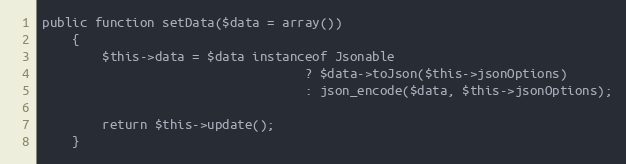
Language: PHP
public function setData($data = array())
	{
		$this->data = $data instanceof Jsonable
								   ? $data->toJson($this->jsonOptions)
								   : json_encode($data, $this->jsonOptions);

		return $this->update();
	}